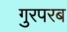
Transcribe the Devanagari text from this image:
गुरपरब